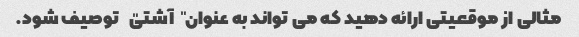
مثالی از موقعیتی ارائه دهید که می تواند به عنوان "آشتی" توصیف شود.